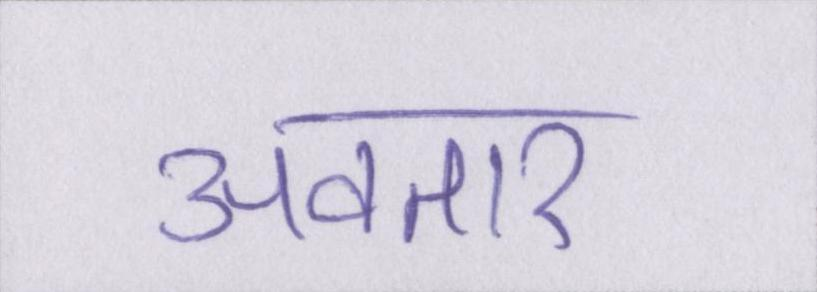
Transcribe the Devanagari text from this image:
अवतार